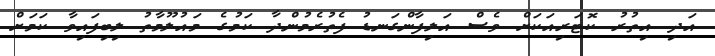
އަދި އިތުރު ކޮޓަރިއަކަށް ވެސް އަލިފާންގަނޑު ފެތުރެމުންދާ ކަމުގެ މައުލޫމާތު ލިބިފައިވާ ކަމަށް